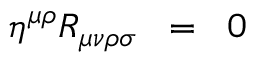
\eta ^ { \mu \rho } R _ { \mu \nu \rho \sigma } \; \; = \; \; 0